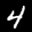
Label: 4